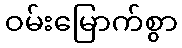
ဝမ်းမြောက်စွာ